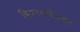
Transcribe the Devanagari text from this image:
बिकासक्षेत्रका